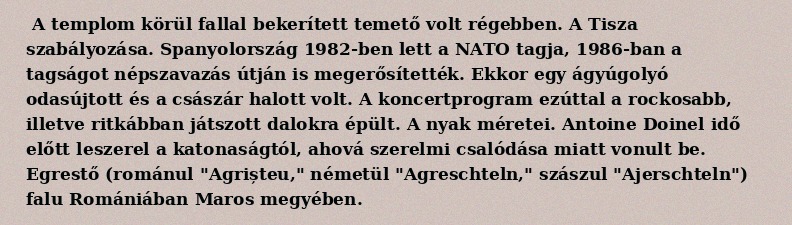
A templom körül fallal bekerített temető volt régebben. A Tisza szabályozása. Spanyolország 1982-ben lett a NATO tagja, 1986-ban a tagságot népszavazás útján is megerősítették. Ekkor egy ágyúgolyó odasújtott és a császár halott volt. A koncertprogram ezúttal a rockosabb, illetve ritkábban játszott dalokra épült. A nyak méretei. Antoine Doinel idő előtt leszerel a katonaságtól, ahová szerelmi csalódása miatt vonult be. Egrestő (románul "Agrișteu," németül "Agreschteln," szászul "Ajerschteln") falu Romániában Maros megyében.